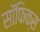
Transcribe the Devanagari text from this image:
सॉफिक्स